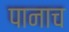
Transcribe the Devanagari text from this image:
पानाच